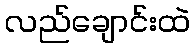
လည်ချောင်းထဲ